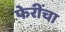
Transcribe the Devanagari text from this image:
फेरींचा